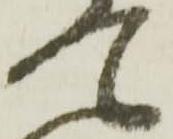
て